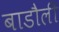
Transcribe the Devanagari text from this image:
बाडौली